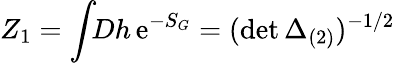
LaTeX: Z_{1}=\int\! \! Dh\, \mathrm{e}^{-S_{G}}=(\operatorname*{d\mathrm{e}t}\Delta_{(2)})^{-1/2}